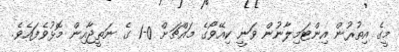
މީގެ އިތުރުން އިންޓަމިލާނުން ވަނީ ކިއޭވޯގެ މައްޗަށް 0-1 ގެ ނަތީޖާއިން މޮޅުވެފައެވެ.